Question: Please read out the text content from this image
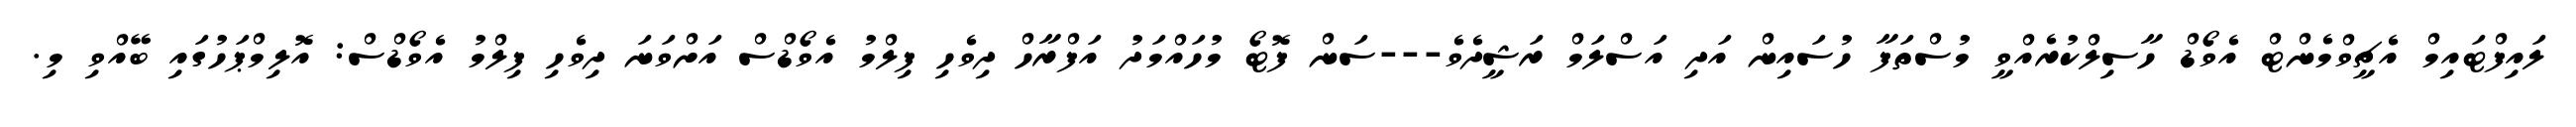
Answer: ލައިފްޓައިމް އެޗީވްމެންޓް އެވޯޑް ހާސިލްކުރެއްވީ މުސްތަފާ ހުސައިން އަދި އަސްލަމް ރަޝީދެވެ---ސަން ފޮޓޯ މުހައްމަދު އަފްރާހް ދިވެހި ފިލްމު އެވޯޑްސް އަށްވަނަ ދިވެހި ފިލްމު އެވޯޑްސް: އޮލިމްޕަހުގައި ބޭއްވި މި.